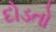
દોડતો